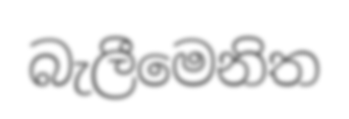
බැලීමෙනිත